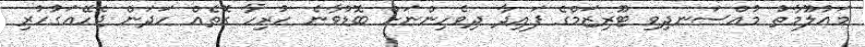
މައުލޫމާތު މުއްސަނދިވި ޓޫރިޒަމްގެ ފައިދާ ދިވެހިންނަށް ބޮޑުވާނެ ހުރިހާ ގޮތެއް ހަދަން ޖެހޭއަގުހުރި